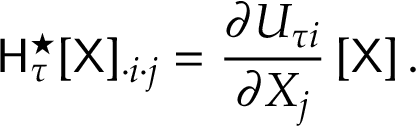
\mathsf { H } _ { \tau } ^ { \star } [ \mathsf { X } ] _ { \cdot i \cdot j } = \frac { \partial U _ { \tau i } } { \partial X _ { j } } \left[ \mathsf { X } \right] .